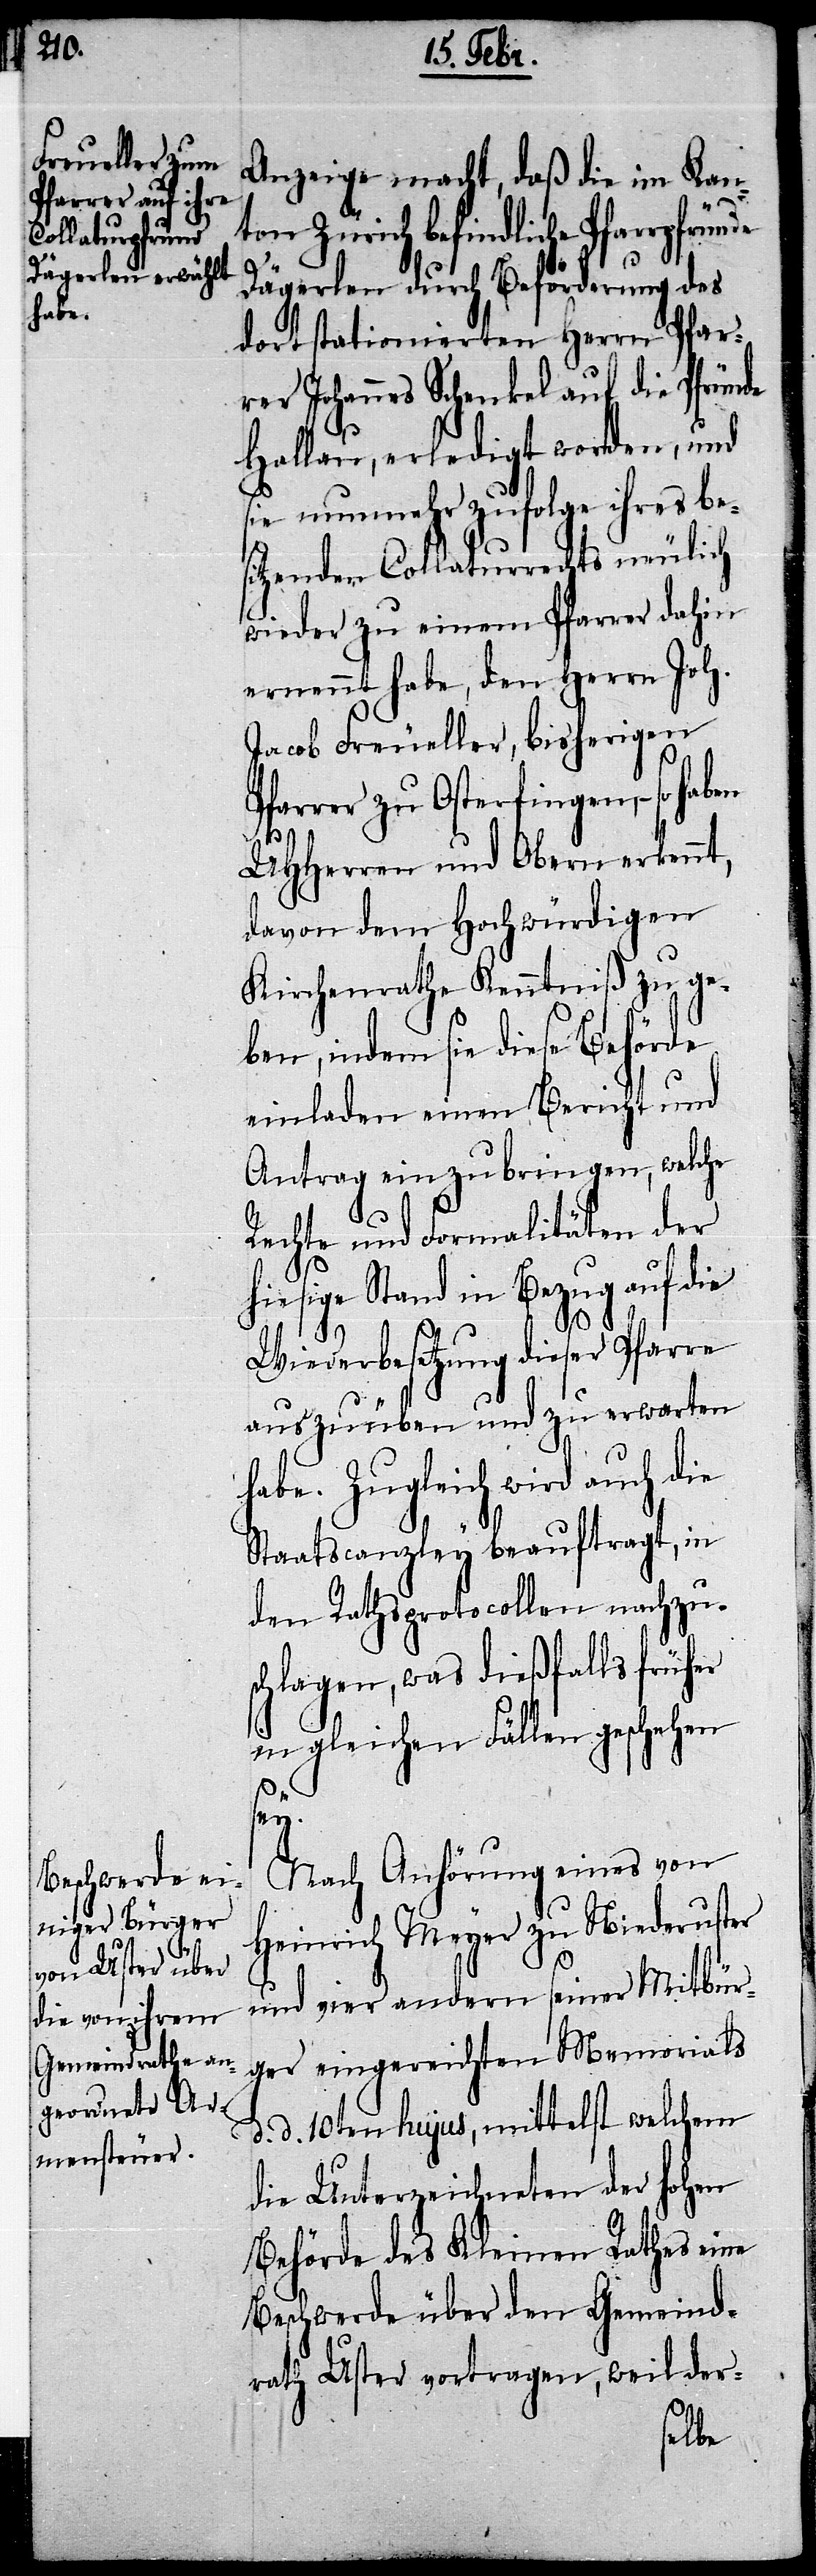
haben

Anzeige macht, daß die im Kan¬
ton Zürich befindliche Pfarrpf¬
Dägerlen durch Beförderung des
dort stationierten Herrn Pfar¬
rer Johannes Schenkel auf die Pfründe
Hallau, erledigt worden, und
ie nunmehr zufolge ihres bes¬
itzenden Collaturrechts neulich
wieder zu einem Pfarrer dahin
ernennt habe, den Herrn Joh.
Jacob Freueller, bisherigen
Pfarrer zu Osterfingen, – so
UHHerren und Obern erkennt,
davon dem Hochwürdigen
Kirchenrathe Kenntniß zu ge¬
ben, indem sie diese Behörde
einladen einen Bericht und
Antrag einzubringen, welche
Rechte und Formalitäten der
hiesige Stand in Bezug auf die
nde
Wiederbesetzung dieser Pfarre
auszuüben und zu erwarten
habe. Zugleich wird auch die
Staatscanzley beauftragt, in
den Rathsprotocollen nachzus¬
chlagen, was dießfalls früher
in gleichen Fällen geschehen
sey.
Nach Anhörung eines von
Heinrich Meyer zu Niederuster
und vier andern seiner Mitbür¬
ger eingereichten Memorials
d. d. 10ten hujus, mittelst welchem
die Unterzeichneten der hohen
Behörde des Kleinen Rathes eine
Beschwerde über den Gemeind¬
rath Uster vortragen, weil der-